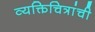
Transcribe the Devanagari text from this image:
व्यक्तिचित्रांची